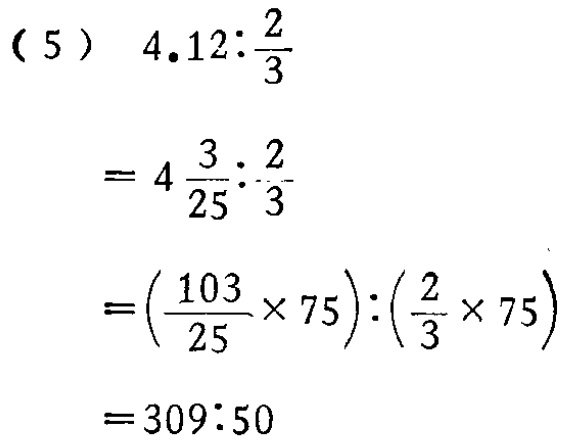
\begin{align*}

&(5)\quad 4.12:\frac{2}{3}\\

&=4\frac{3}{25}:\frac{2}{3}\\

&=\left(\frac{103}{25}\times75\right):\left(\frac{2}{3}\times75\right)\\

&=309:50

\end{align*}